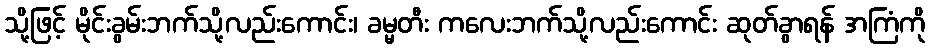
သို့ဖြင့် မိုင်းခွမ်းဘက်သို့လည်းကောင်း၊ ခမ္မတီး ကလေးဘက်သို့လည်းကောင်း ဆုတ်ခွာရန် အကြံကို